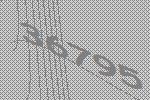
36795